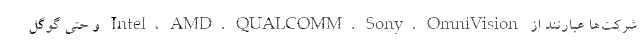
شرکت‌ها عبارتند از Intel، AMD، QUALCOMM، Sony، OmniVision و حتی گوگل